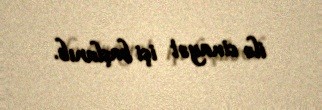
ilə cinayət işi başlanıb.